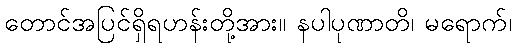
တောင်အပြင်ရှိရဟန်းတို့အား။ နပါပုဏာတိ၊ မရောက်၊